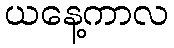
ယနေ့ကာလ